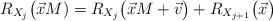
LaTeX: \begin{align*}R_{X_{j}}\big(\vec{x}M)=R_{X_{j}}\big(\vec{x}M+\vec{v}\big)+R_{X_{j+1}}\big(\vec{x}\big)\end{align*}